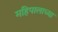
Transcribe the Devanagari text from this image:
महिपालाच्या